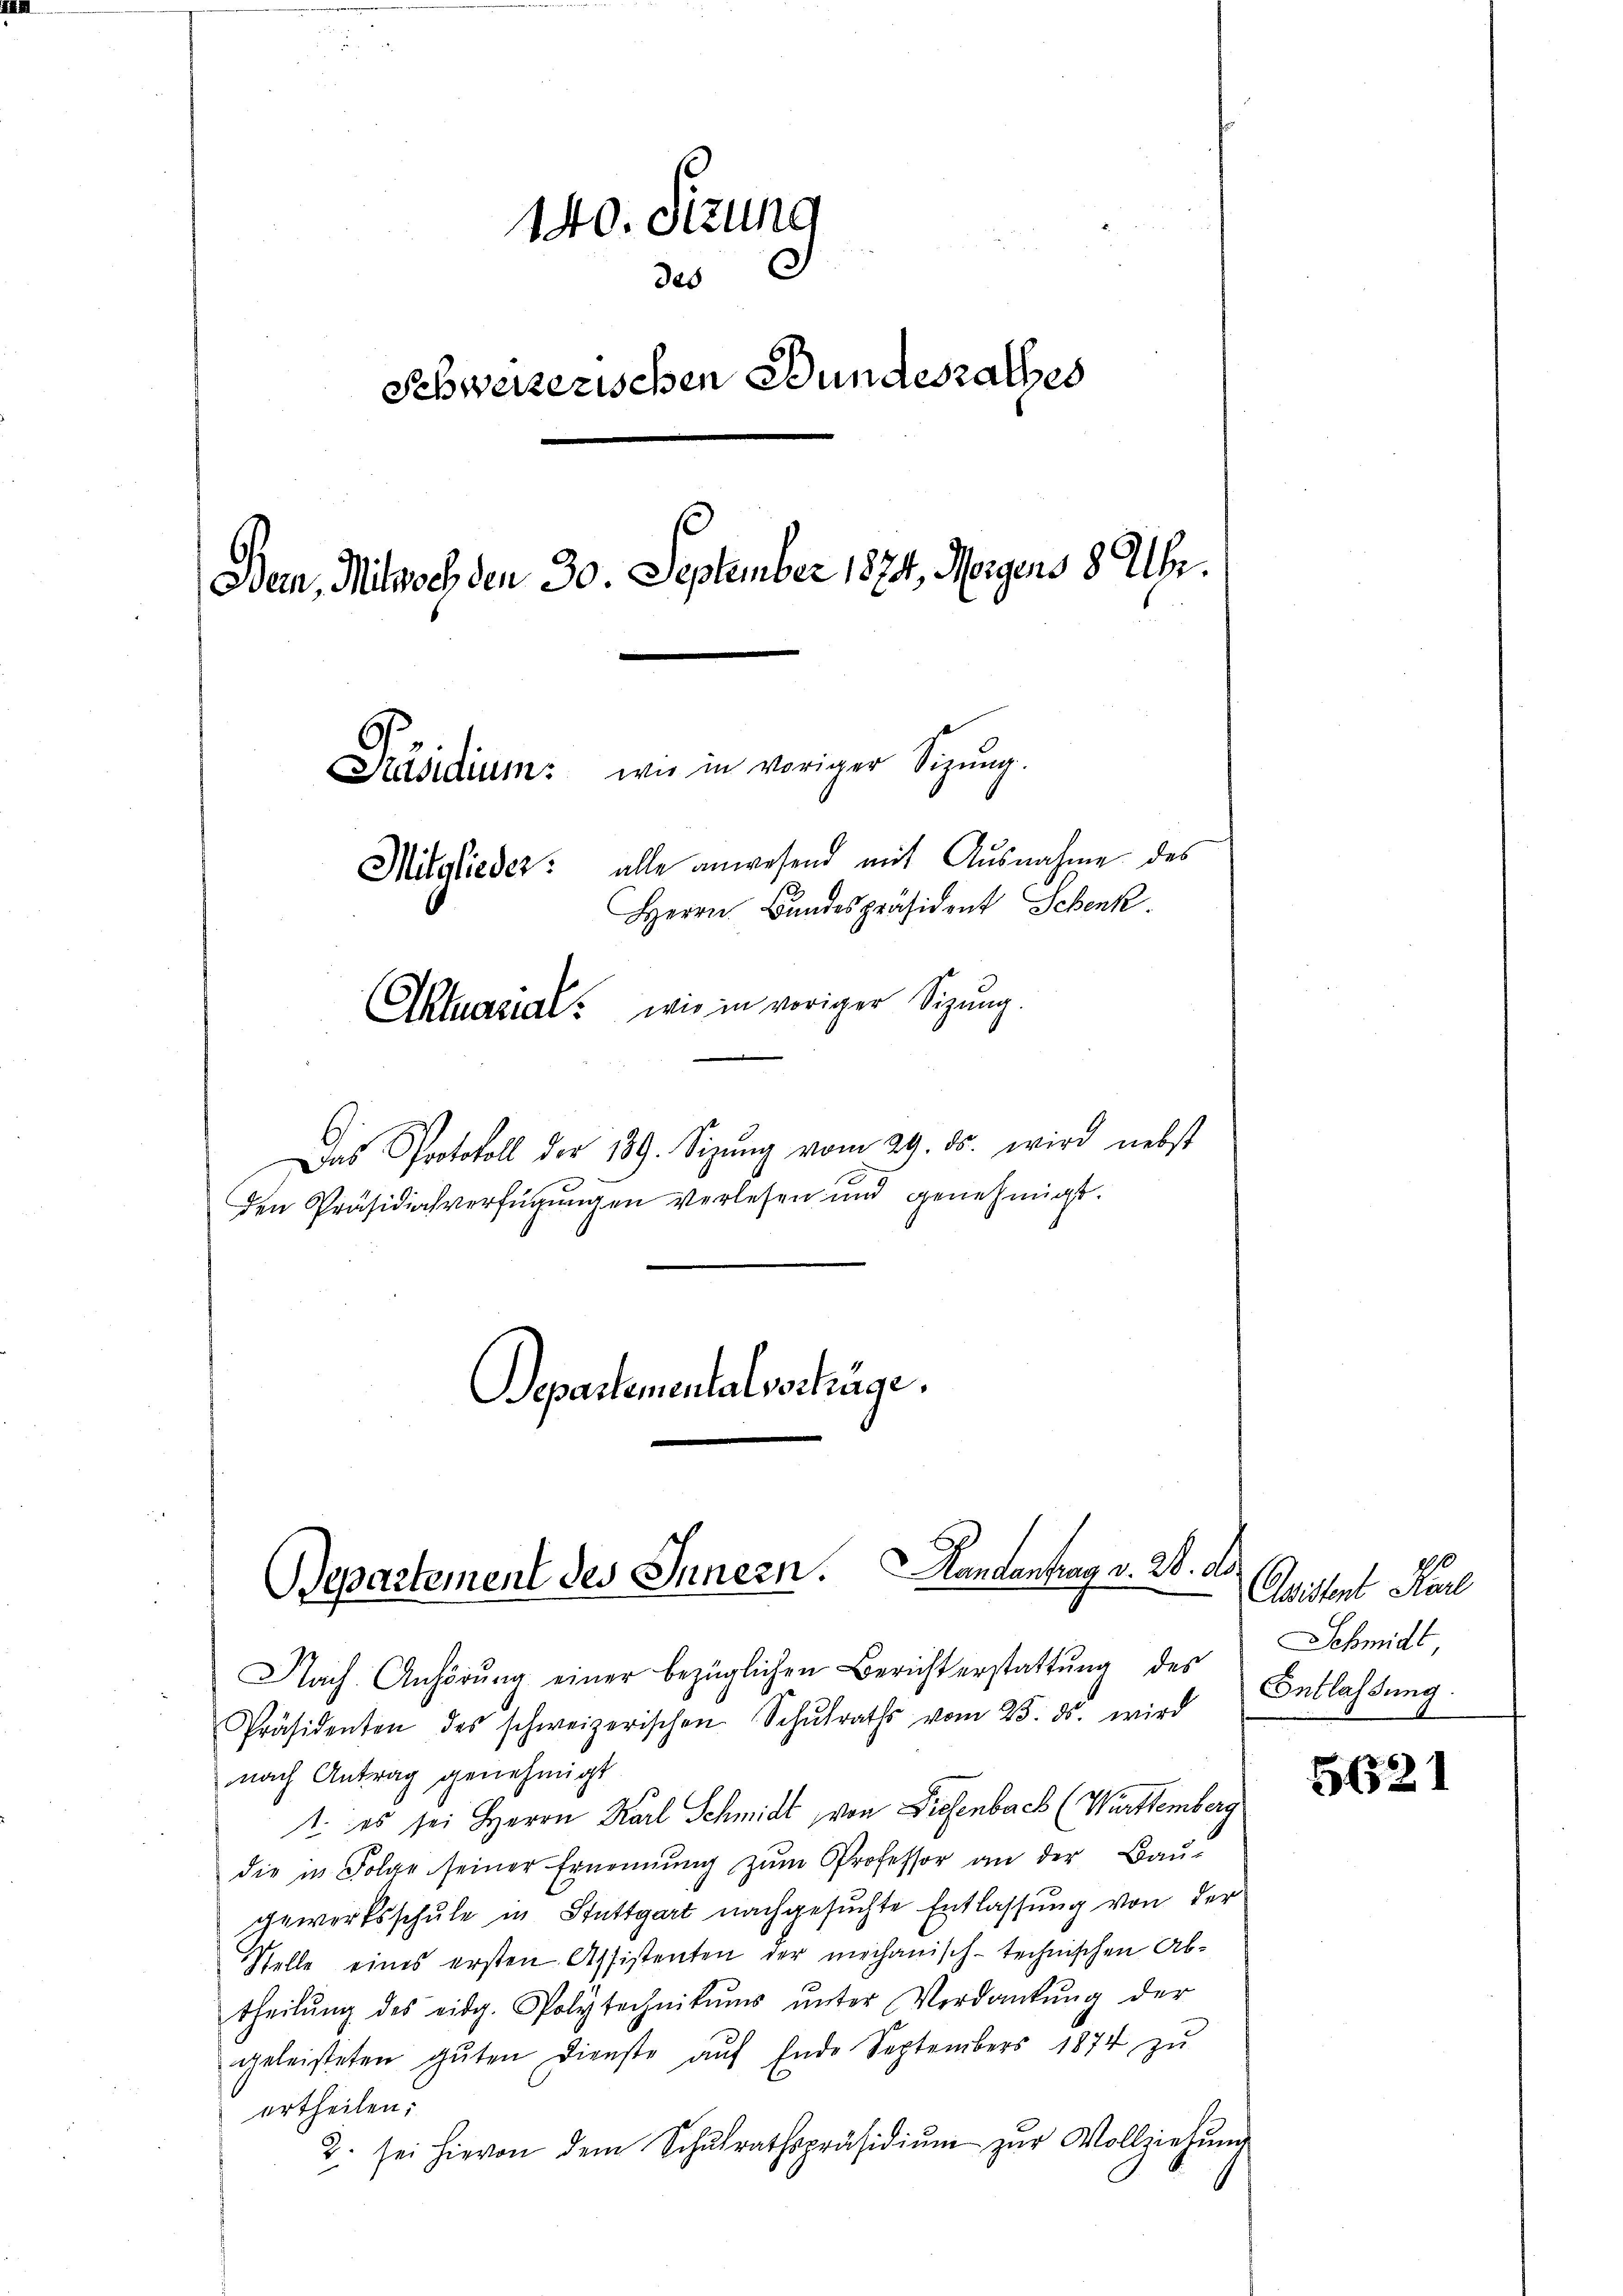
140. Sitzung
.
des
Schweizerischen Bundesrathes
s
Dein, Mitwoch den 30. September 1874, Morgens 8 Uhr.
Präsidium: wie in voriger Sigŭng.
Mitglieder: alle anwesend mit Ausnahme des
Herrn Bundespräsident Schenk
Aktuasial wie in voriger Sizung.

Das Protokoll der 189. Sizŭng vom 29. ds. wird nebst
3
Den Präsidiochverfügungen verlesen und genehmigt.

Departementalvertrüge.

Departement des Innern. Handantrag v. 28. d.

Nach Anhörŭng einer bezüglichen Berichterstattŭng des Entlassŭng.
Präsidenten des schweizerischen Schŭlraths vom 25. ds. wird
nach Antrag genehmigt
1. es sei Herrn Karl Schmidt, von Diesenbach (Württemberg
die in Folge seiner Ernennung zum Professor an der Bau-
gewirtsschule in Stuttgart nachgesuchte Entlassung von der
Stelle eines ersten Assistenten der mechanisch-technischen Abtheilŭng des eidg. Polytechnikums ŭnter Verdankŭng der
geleisteten gŭten Dienste aŭf Ende Septembers 1874 zŭ
ertheilen;
2. sei hievon dem Schŭlrathspräsidiŭm zŭr Vollziehŭng

Cistent Karl
Schmidt

5621